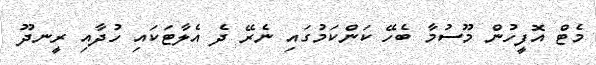
މެޓް އޮފީހުން މޫސުމާ ބެހޭ ކަންކަމުގައި ނެރޭ ދެ އެލާޓަކައި ހުދާއި ރީނދޫ